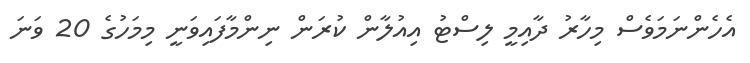
އެހެންނަމަވެސް މިހާރު ދާއިމީ ލިސްޓު އިއުލާން ކުރަން ނިންމާފައިވަނީ މިމަހުގެ 20 ވަނަ